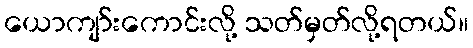
ယောကျာ်းကောင်းလို့ သတ်မှတ်လို့ရတယ်။